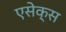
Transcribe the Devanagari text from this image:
एसेक्‍स